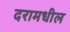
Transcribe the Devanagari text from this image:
दरामधील